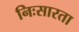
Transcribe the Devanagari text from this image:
निःसारता